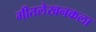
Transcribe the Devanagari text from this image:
गीतलेखनकला